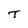
Character: T